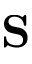
\mathbf S